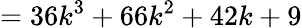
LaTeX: =36k^{3}+66k^{2}+42k+9